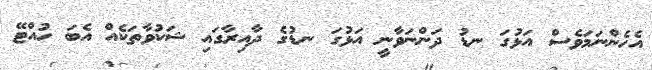
އެހެންނަމަވެސް އަޅުގަ ނޑު ދަންނަވާނީ އަޅުގަ ނޑުގެ ދާއިރާގައި ޝަކުވާތަކެއް އެބަ ހުއްޓޭ